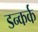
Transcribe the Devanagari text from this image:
डन्कर्क